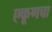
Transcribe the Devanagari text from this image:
एकूणचा